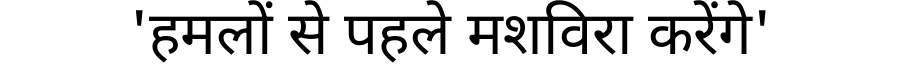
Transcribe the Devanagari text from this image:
'हमलों से पहले मशविरा करेंगे'